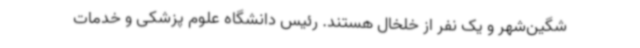
شگین‌شهر و یک نفر از خلخال هستند. رئیس دانشگاه علوم پزشکی و خدمات